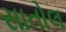
સાતોલ